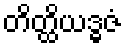
တိတ္ထိယဒ္ဓဇံ